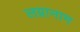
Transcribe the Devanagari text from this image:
लग्नानाम